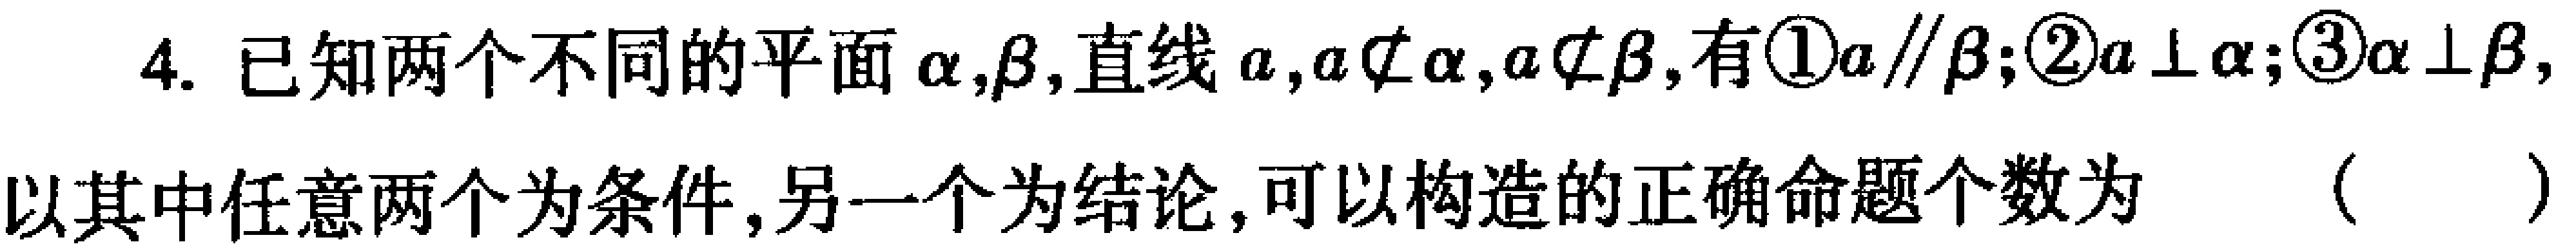
4. 已知两个不同的平面\(\alpha,\beta\)，直线\(a\)，\(a\not\subset\alpha\)，\(a\not\subset\beta\)，有\textcircled{1}\(a\parallel\beta\)；\textcircled{2}\(a\perp\alpha\)；\textcircled{3}\(\alpha\perp\beta\)，以其中任意两个为条件，另一个为结论，可以构造的正确命题个数为（  ）